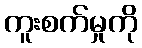
ကူးစက်မှုကို